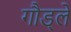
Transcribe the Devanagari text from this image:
गौड्ले